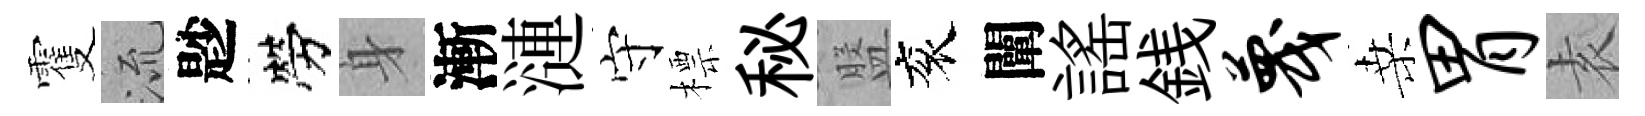
䨥𣴑尟勞身漸漣守標秘盤衮闡謡銭蔑桑胃𡊮